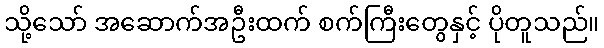
သို့သော် အဆောက်အဦးထက် စက်ကြီးတွေနှင့် ပိုတူသည်။